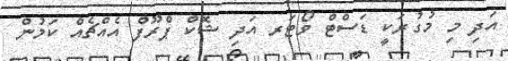
އަދި މި މުގުރަކީ ޑަސްޓް ވޯޓަރ އަދި ޝޮކް ޕްރޫފް އެއްޗެއް ކަމުން